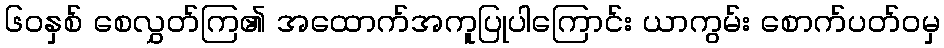
၆၀နှစ် စေလွှတ်ကြ၏ အထောက်အကူပြုပါကြောင်း ယာကွမ်း စောက်ပတ်ဝမှ